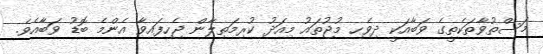
މަސްތުވާތަކެތީގެ ވަބާއަކީ ދިވެހި މުޖުތައު މިއަދު ކުރިމަތިލާން ޖެހިފައިވާ އެންމެ ބޮޑު ވަބާއެެވެ.